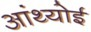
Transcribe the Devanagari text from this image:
आंथ्‍योई